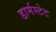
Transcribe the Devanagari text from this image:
डार्मस्टेट